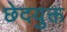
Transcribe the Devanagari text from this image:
छेदयुक्त